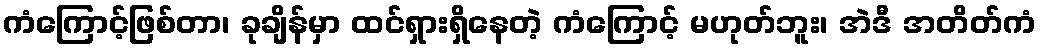
ကံကြောင့်ဖြစ်တာ၊ ခုချိန်မှာ ထင်ရှားရှိနေတဲ့ ကံကြောင့် မဟုတ်ဘူး၊ အဲဒီ အတိတ်ကံ